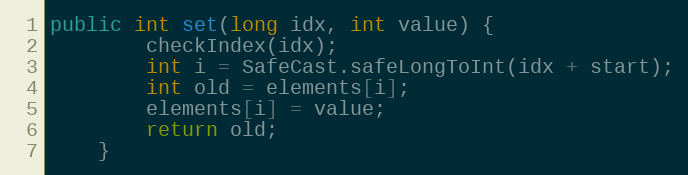
Language: Java
public int set(long idx, int value) {
        checkIndex(idx);
        int i = SafeCast.safeLongToInt(idx + start);
        int old = elements[i];
        elements[i] = value;
        return old;
    }